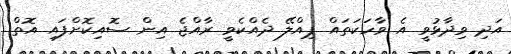
އަދި ވިދާޅުވީ އެ ވާހަކަތައް ޕިއްލޭ ދެއްކެވީ ރާއްޖެ އިން ސޮއިކޮށްފައި އޮތް